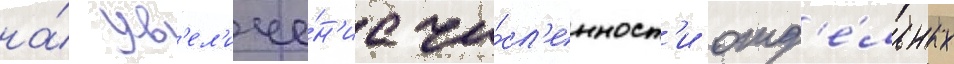
на́ ув'ел'иче́н'ие чи́сл'енност'и отд'е́льных